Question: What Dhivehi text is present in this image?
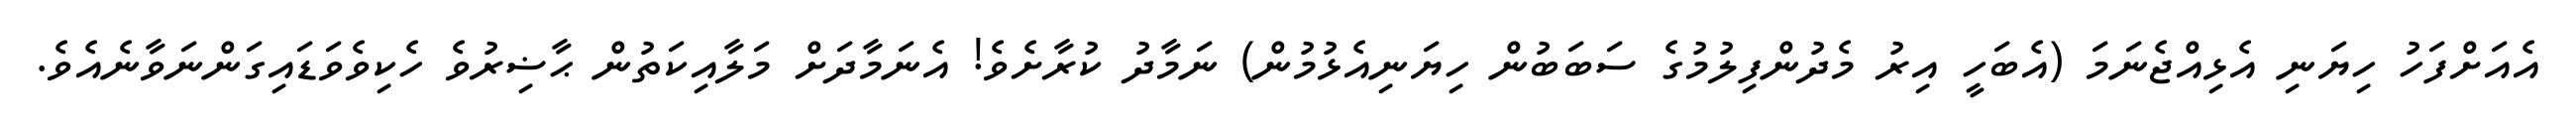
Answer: އެއަށްފަހު ހިޔަނި އެޅިއްޖެނަމަ (އެބަހީ އިރު މެދުންފިލުމުގެ ސަބަބުން ހިޔަނިއެޅުމުން) ނަމާދު ކުރާށެވެ! އެނަމާދަށް މަލާއިކަތުން ޙާޟިރުވެ ހެކިވެވަޑައިގަންނަވާނެއެވެ.